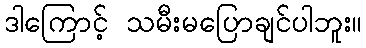
ဒါကြောင့် သမီးမပြောချင်ပါဘူး။